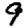
Digit: 9